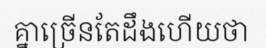
គ្នាច្រើនតែដឹងហើយថា